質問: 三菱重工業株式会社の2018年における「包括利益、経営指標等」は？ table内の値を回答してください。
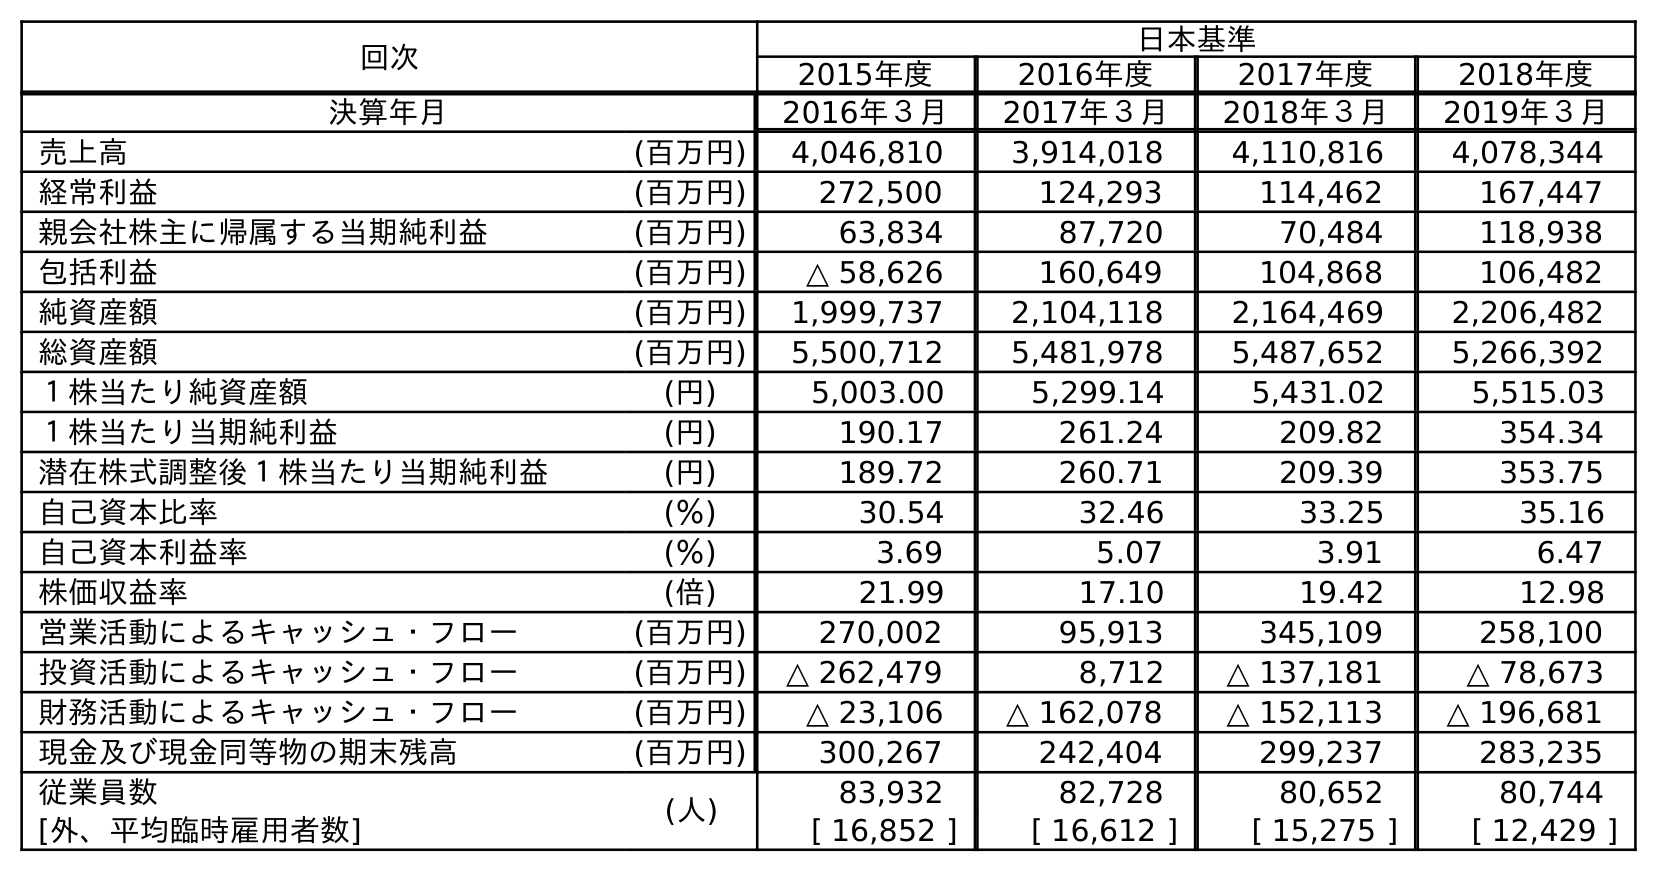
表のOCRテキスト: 回次 日本基準 2015年度 2016年度 2017年度 2018年度 決算年月 2016年３月 2017年３月 2018年３月 2019年３月 売上高 (百万円) 4,046,810 3,914,018 4,110,816 4,078,344 経常利益 (百万円) 272,500 124,293 114,462 167,447 親会社株主に帰属する当期純利益 (百万円) 63,834 87,720 70,484 118,938 包括利益 (百万円) △ 58,626 160,649 104,868 106,482 純資産額 (百万円) 1,999,737 2,104,118 2,164,469 2,206,482 総資産額 (百万円) 5,500,712 5,481,978 5,487,652 5,266,392 １株当たり純資産額 (円) 5,003.00 5,299.14 5,431.02 5,515.03 １株当たり当期純利益 (円) 190.17 261.24 209.82 354.34 潜在株式調整後１株当たり当期純利益 (円) 189.72 260.71 209.39 353.75 自己資本比率 (％) 30.54 32.46 33.25 35.16 自己資本利益率 (％) 3.69 5.07 3.91 6.47 株価収益率 (倍) 21.99 17.10 19.42 12.98 営業活動によるキャッシュ・フロー (百万円) 270,002 95,913 345,109 258,100 投資活動によるキャッシュ・フロー (百万円) △ 262,479 8,712 △ 137,181 △ 78,673 財務活動によるキャッシュ・フロー (百万円) △ 23,106 △ 162,078 △ 152,113 △ 196,681 現金及び現金同等物の期末残高 (百万円) 300,267 242,404 299,237 283,235 従業員数 (人) 83,932 82,728 80,652 80,744 [外、平均臨時雇用者数] [ 16,852 ] [ 16,612 ] [ 15,275 ] [ 12,429 ]
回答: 104,868